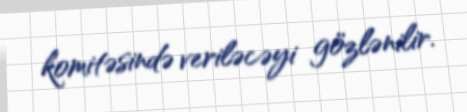
komitəsində veriləcəyi gözlənilir.